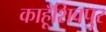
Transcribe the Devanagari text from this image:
काहूँशिवपुर